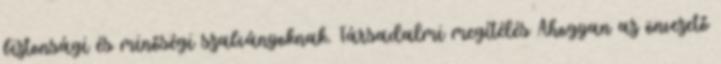
biztonsági és minőségi szabványoknak. Társadalmi megítélés Ahogyan az önvezető